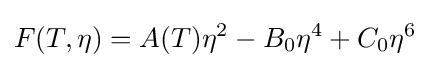
F(T,\eta )=A(T)\eta ^{2}-B_{0}\eta ^{4}+C_{0}\eta ^{6}